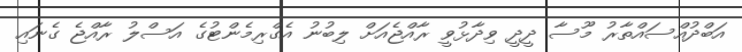
އަބްދުއްސައްތާރު މޫސާ ދީދީ ވިދާޅުވީ ރާއްޖެއަށް ލިބުނު އެގްރިމެންޓުގެ އަސްލު ރާއްޖެ ގެނައި